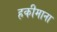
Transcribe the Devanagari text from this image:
हकीमाना